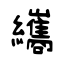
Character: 纗